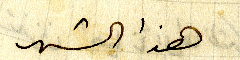
هذا الشهر